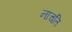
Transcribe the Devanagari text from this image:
नाचति